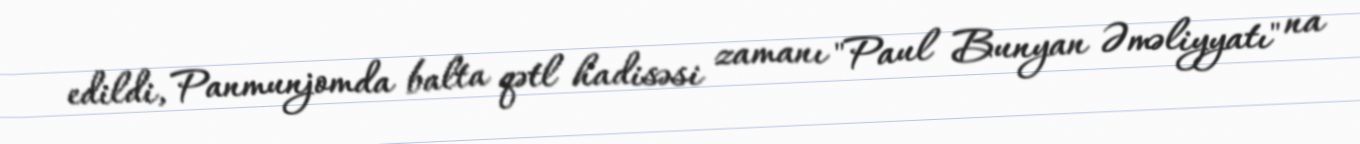
edildi, Panmunjomda balta qətl hadisəsi zamanı "Paul Bunyan Əməliyyatı" na